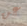
عن